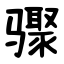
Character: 骤